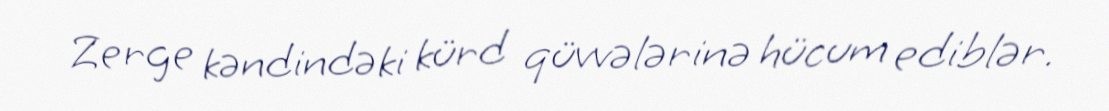
Zerge kəndindəki kürd qüvvələrinə hücum ediblər.